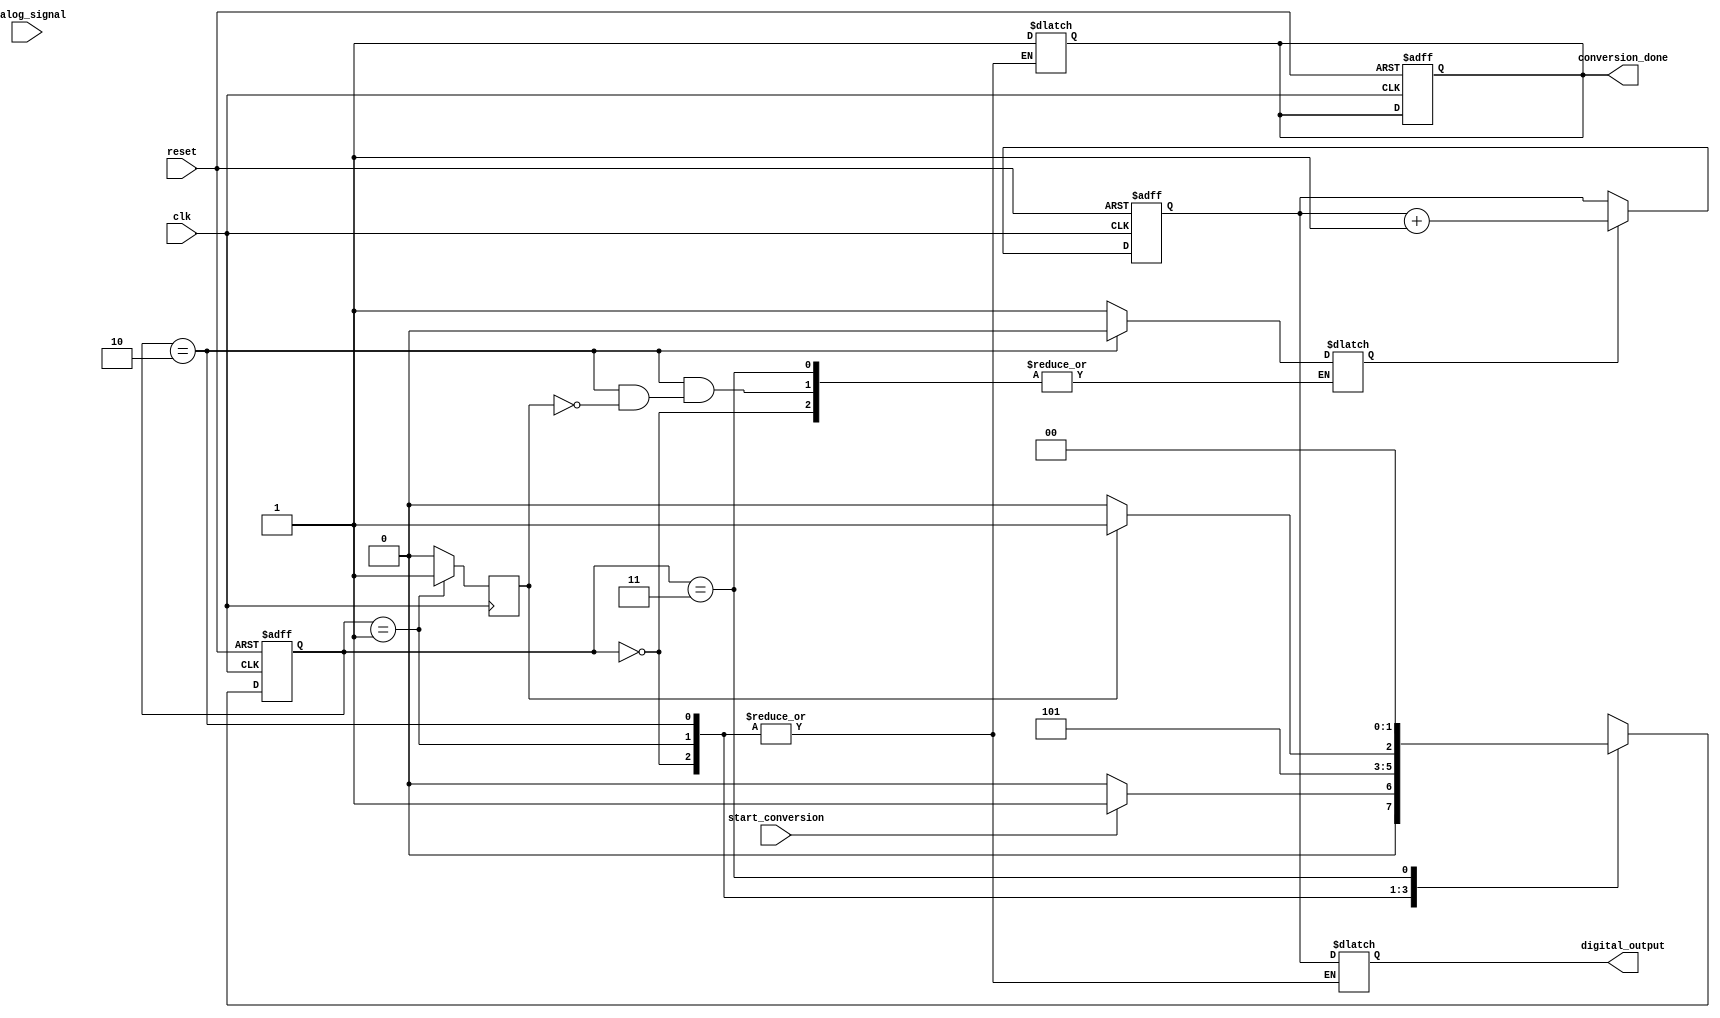
module ATDC (
    input wire clk,                   // System clock input
    input wire reset,                 // Asynchronous reset
    input wire analog_signal,         // Input analog signal (sampled)
    input wire start_conversion,      // Signal to start conversion
    output reg [15:0] digital_output, // 16-bit digital output
    output reg conversion_done        // Signal to indicate conversion completion
);

    // Internal signals and registers
    reg [15:0] count;                 // Counter for clock cycles
    reg sampling;                     // Sampling flag
    reg reference_trigger;            // Reference signal trigger
    reg [15:0] sampled_value;         // Holds the sampled analog value

    // State machine definitions
    parameter IDLE = 2'b00,
              SAMPLING = 2'b01,
              MEASURING = 2'b10,
              OUTPUT = 2'b11;

    reg [1:0] state, next_state;

    // Clock counter for timing measurement
    always @(posedge clk or posedge reset) begin
        if (reset) begin
            count <= 16'b0;
            conversion_done <= 1'b0;
        end else begin
            if (sampling) begin
                count <= count + 1;
            end
        end
    end

    // State machine for the ATDC operation
    always @(posedge clk or posedge reset) begin
        if (reset) begin
            state <= IDLE;
        end else begin
            state <= next_state;
        end
    end

    always @(*) begin
        case (state)
            IDLE: begin
                if (start_conversion) begin
                    next_state = SAMPLING;
                end else begin
                    next_state = IDLE;
                end
            end
            SAMPLING: begin
                sampled_value = analog_signal; // Capture the analog value
                sampling = 1'b1;                // Enable sampling
                next_state = MEASURING;
            end
            MEASURING: begin
                if (reference_trigger) begin
                    sampling = 1'b0;                // Disable sampling
                    next_state = OUTPUT;
                end else begin
                    next_state = MEASURING;
                end
            end
            OUTPUT: begin
                digital_output = count;           // Convert count to digital output
                conversion_done = 1'b1;          // Indicate conversion completion
                next_state = IDLE;                // Return to IDLE state
            end
            default: next_state = IDLE;        // Default case
        endcase
    end

    // Reference trigger simulation (this would normally be generated externally)
    always @(posedge clk) begin
        if (state == SAMPLING) begin
            // Simulate a triggering condition (for demo purposes)
            reference_trigger <= 1'b1; // Set reference trigger high
        end else begin
            reference_trigger <= 1'b0; // Reset reference trigger
        end
    end

endmodule